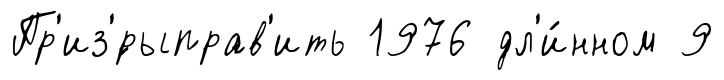
Пр'из'́рыправ'ить 1976 дл'и́нном 9